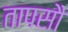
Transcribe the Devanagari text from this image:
तापसौ